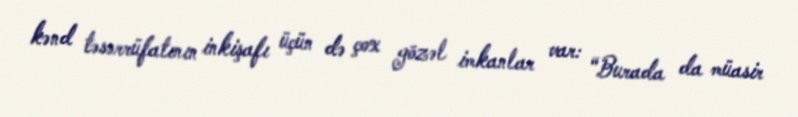
kənd təsərrüfatının inkişafı üçün də çox gözəl imkanlar var: “Burada da müasir